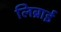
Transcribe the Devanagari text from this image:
लिब्राई